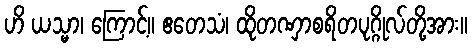
ဟိ ယသ္မာ၊ ကြောင့်။ ဧတေသံ၊ ထိုတဏှာစရိတပုဂ္ဂိုလ်တို့အား။